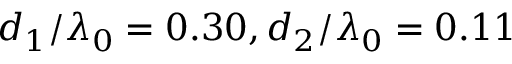
d _ { 1 } / \lambda _ { 0 } = 0 . 3 0 , d _ { 2 } / \lambda _ { 0 } = 0 . 1 1